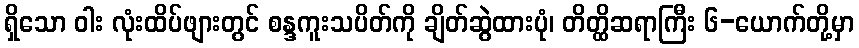
ရှိသော ဝါး လုံးထိပ်ဖျားတွင် စန္ဒကူးသပိတ်ကို ချိတ်ဆွဲထားပုံ၊ တိတ္ထိဆရာကြီး ၆-ယောက်တို့မှာ